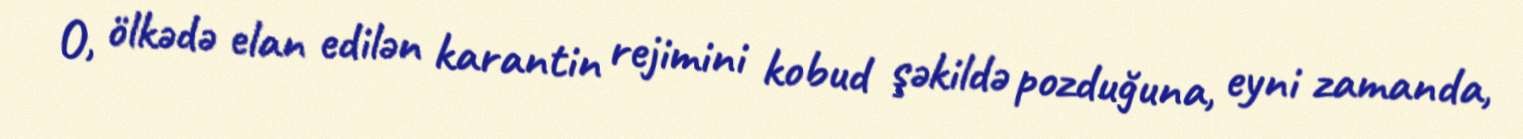
O, ölkədə elan edilən karantin rejimini kobud şəkildə pozduğuna, eyni zamanda,